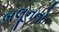
બલૂનનો